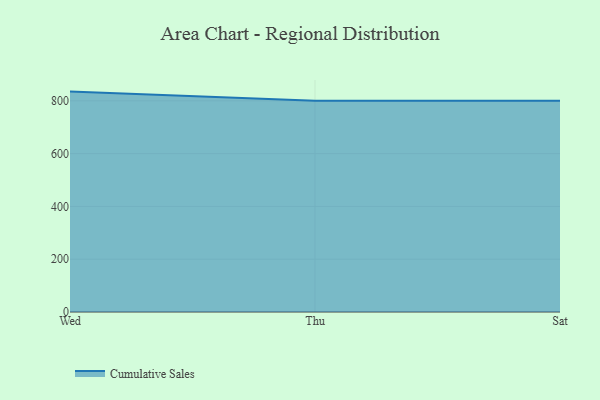
{"axis": {"x": "Day", "y": "Energy Usage (MWh)"}, "legend": ["Cumulative Sales"], "data": [{"x": "Wed", "y": 835.0, "type": "Cumulative Sales"}, {"x": "Thu", "y": 800, "type": "Cumulative Sales"}, {"x": "Sat", "y": 800, "type": "Cumulative Sales"}]}